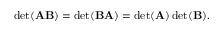
\operatorname* { d e t } ( \mathbf { A B } ) = \operatorname* { d e t } ( \mathbf { B A } ) = \operatorname* { d e t } ( \mathbf { A } ) \operatorname* { d e t } ( \mathbf { B } ) .